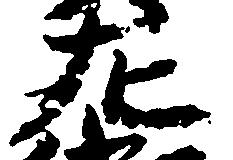
左